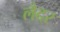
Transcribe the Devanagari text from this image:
लैदर